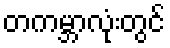
တကမ္ဘာလုံးတွင်